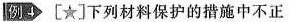
例4 [★]下列材料保护的措施中不正